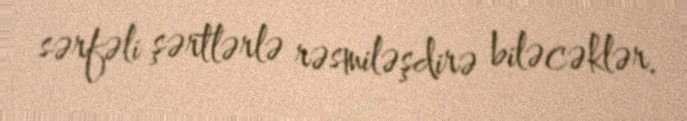
sərfəli şərtlərlə rəsmiləşdirə biləcəklər.